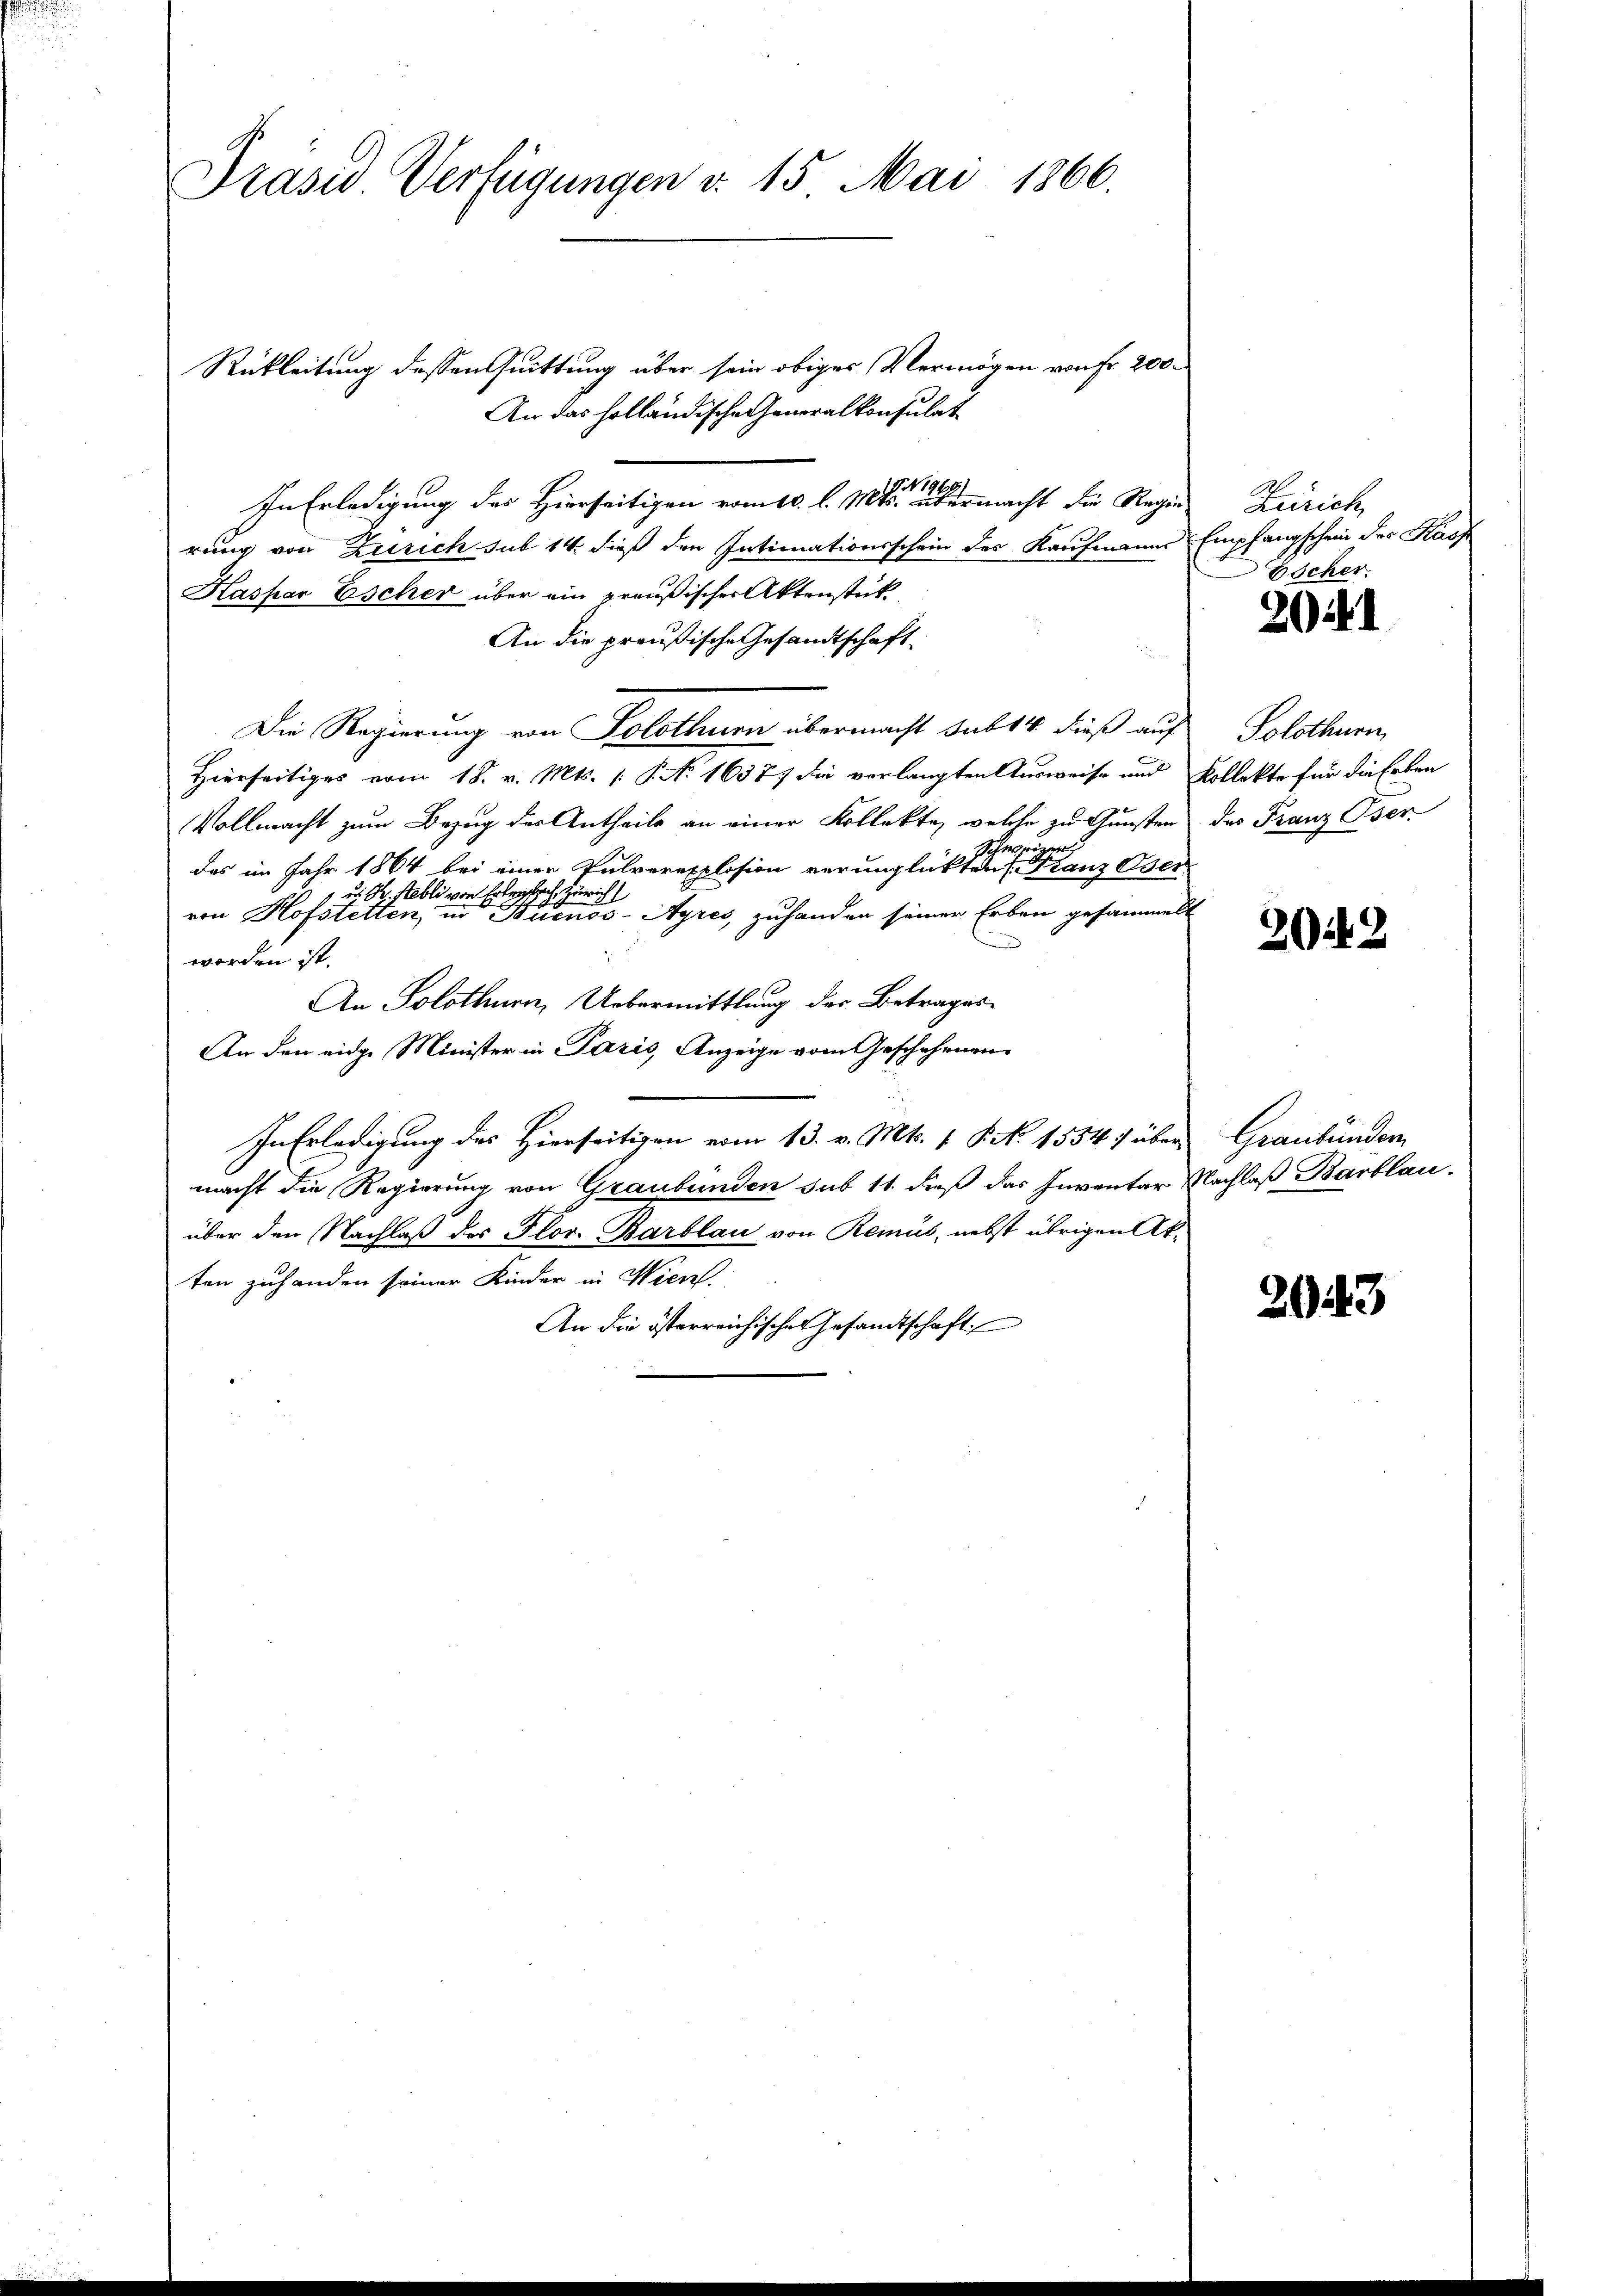
Präsid. Verfügungen v. 15. Mai 1866.

Rükleitung dessen Quittung über sein obiges Vermögen von Fr. 200.
An das holländische Generalkonsulat
In Erledigung des Hierseitigen vom 10. l. Mts. er andermacht die Regie
rung von Zürich sub 14. dieß den Intimationsschein des Kaufmanns Empfangschein des Kasp
Kaspar Escher über ein preußischer Aktenstük
An die preußische Gesandtschaft
Die Regierung von Solothurn übermacht sub 14 dieß auf
Hierseitiges vom 18. v. Mts. [S. N. 16377 die verlangten Ausweise und Kollekte für die Erben
Vollmacht zum Bezug des Antheils an einer Kollekte, welche zu Gunsten des Franz Oser
Schweizer
das im Jahr 1864 bei einer Pulverexplosion verunglückten (Franz Oser
uel, Zürich
von Hofstetten, in Buenos-Ayres, zuhanden seiner Erben gesammelt
.
worden ist.
An Solothurn, Uebermittlung der Betrages
An den eidge Minister in Paris, Anzeige vom Geschehenen
In Erledigung des Hierseitigen vom 13. v. Mts. 1 S. N. 1554. über Graubünder
macht die Regierung von Graubünden sub 11. dieß das Inventar Nachlaß Barblau
über den Nachlaß des Plor. Barblau von Remus, nebst übrigen Akten zuhanden seiner Kinder in Wien.
An die österreichisches Gesandtschaft

Zürich
Escher.

20

Solothurn

202

2043